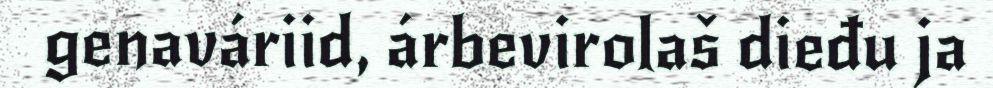
genaváriid, árbevirolaš dieđu ja